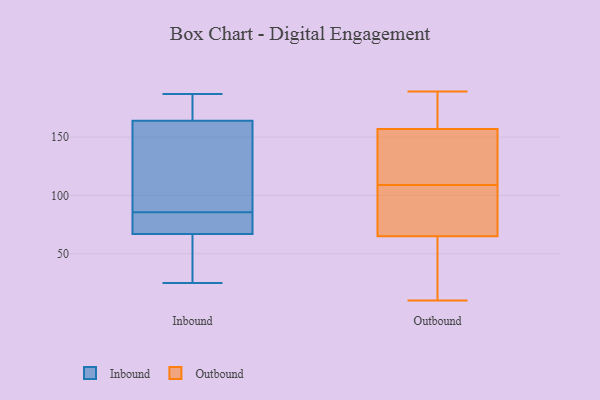
{"axis": {"x": "Latency (ms)", "y": "Value"}, "legend": ["Inbound", "Outbound"], "data": [{"x": "", "y": 64, "type": "Inbound"}, {"x": "", "y": 71, "type": "Inbound"}, {"x": "", "y": 140, "type": "Inbound"}, {"x": "", "y": 64, "type": "Inbound"}, {"x": "", "y": 86, "type": "Inbound"}, {"x": "", "y": 179, "type": "Inbound"}, {"x": "", "y": 85, "type": "Inbound"}, {"x": "", "y": 161, "type": "Inbound"}, {"x": "", "y": 187, "type": "Inbound"}, {"x": "", "y": 25, "type": "Inbound"}, {"x": "", "y": 70, "type": "Inbound"}, {"x": "", "y": 167, "type": "Inbound"}, {"x": "", "y": 142, "type": "Outbound"}, {"x": "", "y": 189, "type": "Outbound"}, {"x": "", "y": 117, "type": "Outbound"}, {"x": "", "y": 23, "type": "Outbound"}, {"x": "", "y": 91, "type": "Outbound"}, {"x": "", "y": 118, "type": "Outbound"}, {"x": "", "y": 183, "type": "Outbound"}, {"x": "", "y": 183, "type": "Outbound"}, {"x": "", "y": 140, "type": "Outbound"}, {"x": "", "y": 101, "type": "Outbound"}, {"x": "", "y": 93, "type": "Outbound"}, {"x": "", "y": 27, "type": "Outbound"}, {"x": "", "y": 10, "type": "Outbound"}, {"x": "", "y": 77, "type": "Outbound"}, {"x": "", "y": 53, "type": "Outbound"}, {"x": "", "y": 172, "type": "Outbound"}]}